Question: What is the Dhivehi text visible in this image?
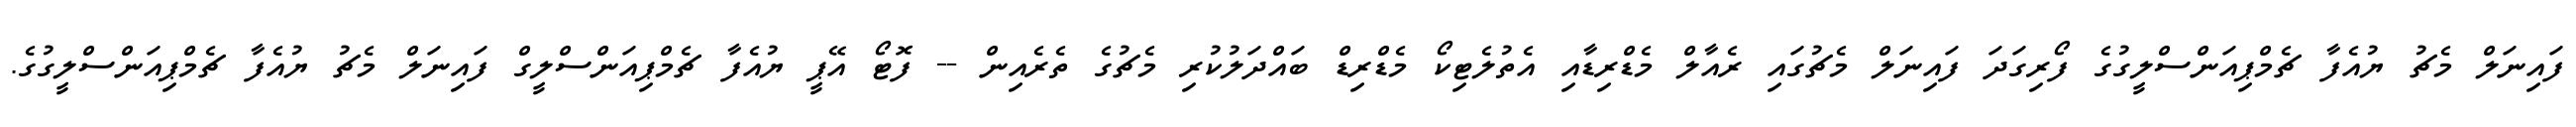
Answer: ފައިނަލް މެޗު ޔުއެފާ ޗެމްޕިއަންސްލީގުގެ ފޯރިގަދަ ފައިނަލް މެޗުގައި ރެއާލް މެޑްރިޑާއި އެތުލެޓިކޯ މެޑްރިޑް ބައްދަލުކުރި މެޗުގެ ތެރެއިން -- ފޮޓޯ އޭޕީ ޔުއެފާ ޗެމްޕިއަންސްލީގް ފައިނަލް މެޗު ޔުއެފާ ޗެމްޕިއަންސްލީގުގެ.